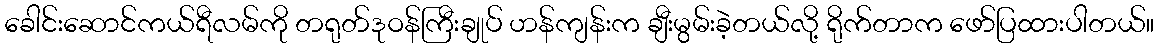
ခေါင်းဆောင်ကယ်ရီလမ်ကို တရုတ်ဒုဝန်ကြီးချုပ် ဟန်ကျန်းက ချီးမွမ်းခဲ့တယ်လို့ ရိုက်တာက ဖော်ပြထားပါတယ်။